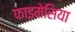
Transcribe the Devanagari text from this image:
फाइमेसिया